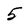
Character: 5